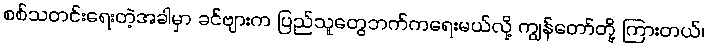
စစ်သတင်းရေးတဲ့အခါမှာ ခင်ဗျားက ပြည်သူတွေဘက်ကရေးမယ်လို့ ကျွန်တော်တို့ ကြားတယ်၊